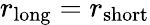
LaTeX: r_{\mathrm{long}}=r_{\mathrm{short}}